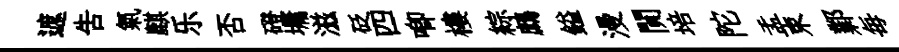
遮吿氣麒乐否磴墉滋砭四唧樓綜鷓鎰漫閴培陀盂束鄴毎